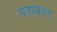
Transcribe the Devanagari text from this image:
पराकात